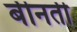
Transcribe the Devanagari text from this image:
बीनती